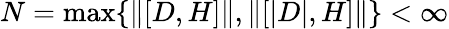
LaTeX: N=\operatorname*{max}\{ \| [D,H]\| ,\| [|D|,H]\| \} <\infty